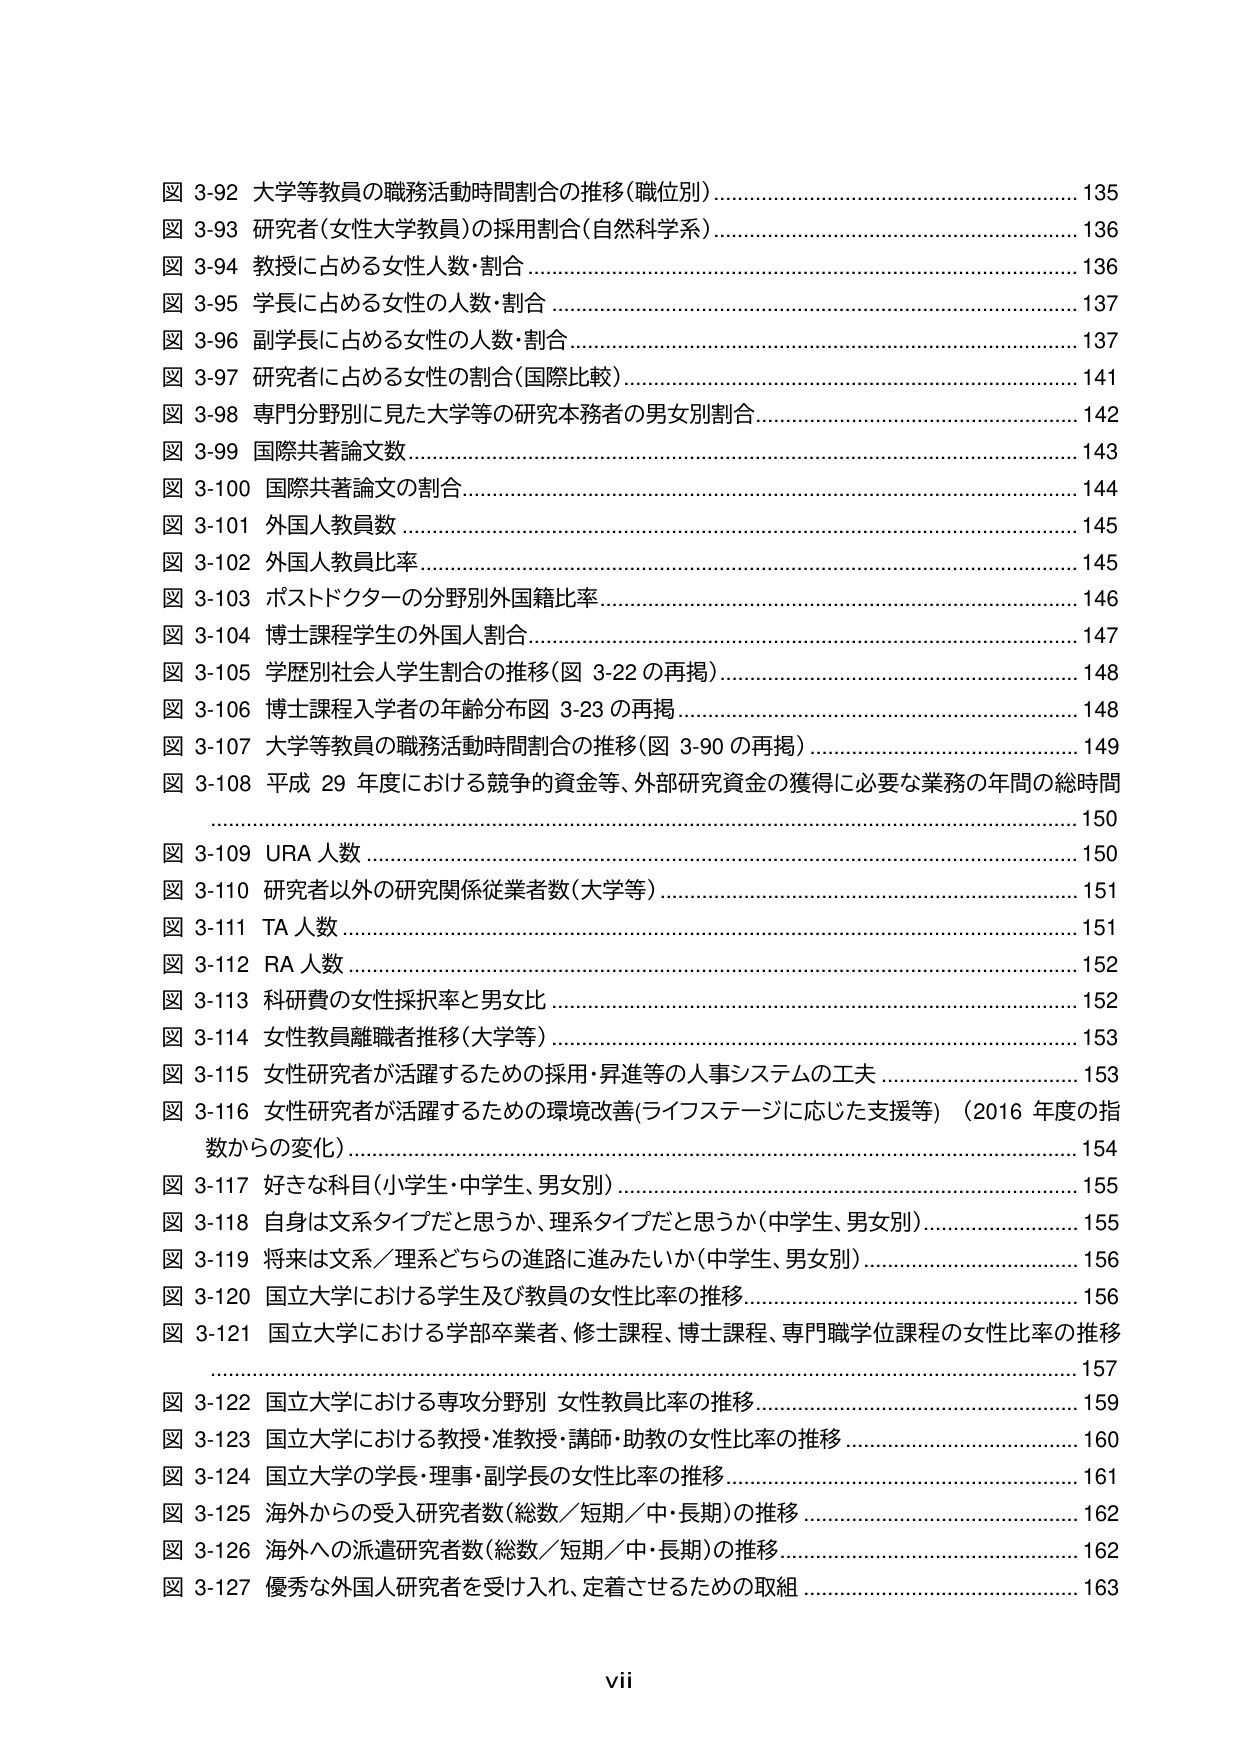
図 3-92 大学等教員の職務活動時間割合の推移（職位別）……………………………………… 135
図 3-93 研究者（女性大学教員）の採用割合（自然科学系）………………………………… 136
図 3-94 教授に占める女性人数・割合 ………………………………………………………… 136
図 3-95 学長に占める女性の人数・割合 ……………………………………………………… 137
図 3-96 副学長に占める女性の人数・割合 …………………………………………………… 137
図 3-97 研究者に占める女性の割合（国際比較）…………………………………………… 141
図 3-98 専門分野別に見た大学等の研究本務者の男女別割合……………………………… 142
図 3-99 国際共著論文数………………………………………………………………………… 143
図 3-100 国際共著論文の割合………………………………………………………………… 144
図 3-101 外国人教員数 ………………………………………………………………………… 145
図 3-102 外国人教員比率……………………………………………………………………… 145
図 3-103 ポストドクターの分野別外国籍比率……………………………………………… 146
図 3-104 博士課程学生の外国人割合………………………………………………………… 147
図 3-105 学歴別社会人学生割合の推移（図 3-22 の再掲）………………………………… 148
図 3-106 博士課程入学者の年齢分布図 3-23 の再掲……………………………………… 148
図 3-107 大学等教員の職務活動時間割合の推移（図 3-90 の再掲）……………………… 149
図 3-108 平成 29 年度における競争的資金等、外部研究資金の獲得に必要な業務の年間の総時間 …………………………………………………………………………………………… 150
図 3-109 URA 人数 …………………………………………………………………………… 150
図 3-110 研究者以外の研究関係従業者数（大学等）……………………………………… 151
図 3-111 TA 人数 ……………………………………………………………………………… 151
図 3-112 RA 人数 ……………………………………………………………………………… 152
図 3-113 科研費の女性採択率と男女比 …………………………………………………… 152
図 3-114 女性教員離職者推移（大学等）…………………………………………………… 153
図 3-115 女性研究者が活躍するための採用・昇進等の人事システムの工夫 …………… 153
図 3-116 女性研究者が活躍するための環境改善（ライフステージに応じた支援等）（2016 年度の指数からの変化）……………………………………………………………………………… 154
図 3-117 好きな科目（小学生・中学生、男女別）………………………………………… 155
図 3-118 自身は文系タイプだと思うか、理系タイプだと思うか（中学生、男女別）…… 155
図 3-119 将来は文系／理系どちらの進路に進みたいか（中学生、男女別）……………… 156
図 3-120 国立大学における学生及び教員の女性比率の推移……………………………… 156
図 3-121 国立大学における学部卒業者、修士課程、博士課程、専門職学位課程の女性比率の推移 …………………………………………………………………………………………… 157
図 3-122 国立大学における専攻分野別 女性教員比率の推移……………………………… 159
図 3-123 国立大学における教授・准教授・講師・助教の女性比率の推移 ……………… 160
図 3-124 国立大学の学長・理事・副学長の女性比率の推移……………………………… 161
図 3-125 海外からの受入研究者数（総数／短期／中・長期）の推移 …………………… 162
図 3-126 海外への派遣研究者数（総数／短期／中・長期）の推移 ……………………… 162
図 3-127 優秀な外国人研究者を受け入れ、定着させるための取組 ……………………… 163

vii